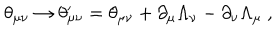
LaTeX: \theta _ { \mu \nu } \rightarrow \theta _ { \mu \nu } ^ { \prime } = \theta _ { \mu \nu } + \partial _ { \mu } \Lambda _ { \nu } - \partial _ { \nu } \Lambda _ { \mu } ~ ,